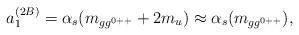
LaTeX: \begin{align*}a_1^{(2B)}=\alpha_s (m_{gg^{0++}}+2m_u) \approx \alpha_s(m_{gg^{0++}}),\end{align*}